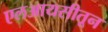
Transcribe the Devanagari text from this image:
एलआयसीतून